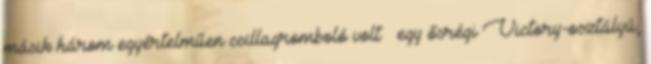
másik három egyértelműen csillagromboló volt – egy ősrégi Victory-osztályú,